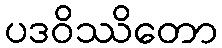
ပဒဝိဿိတော